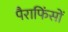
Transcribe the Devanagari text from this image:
पैराफिंसों